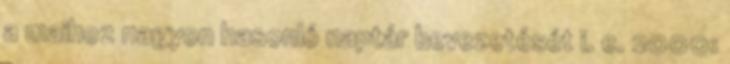
a maihoz nagyon hasonló naptár bevezetését i. e. 2000: